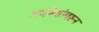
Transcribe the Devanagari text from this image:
अवषेशांवरून